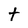
Character: t